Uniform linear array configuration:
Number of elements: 24
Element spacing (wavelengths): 0.5
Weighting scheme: hamming
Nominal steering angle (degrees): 15
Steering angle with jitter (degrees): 16.443
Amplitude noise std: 0.05
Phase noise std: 0.05

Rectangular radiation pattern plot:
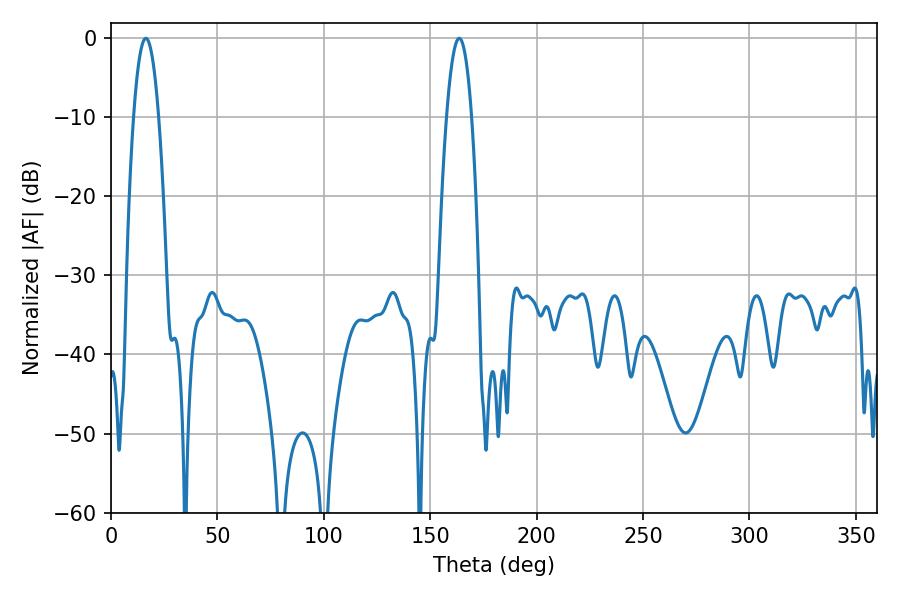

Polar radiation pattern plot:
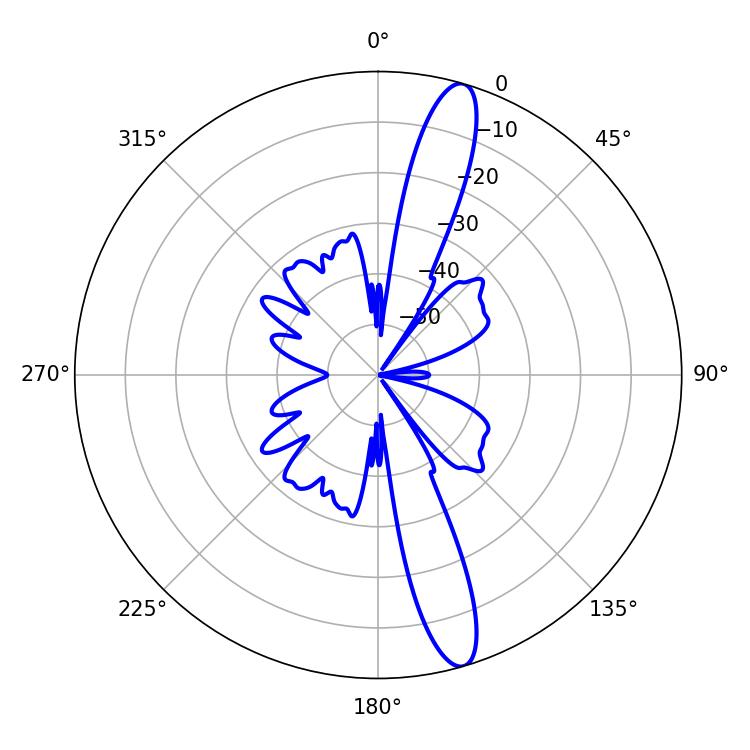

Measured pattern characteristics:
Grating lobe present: FALSE
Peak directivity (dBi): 14.627
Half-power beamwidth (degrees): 6.48
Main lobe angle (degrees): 16.38